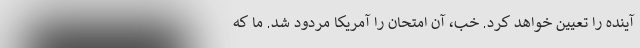
آینده را تعیین خواهد کرد. خب، آن امتحان را آمریکا مردود شد. ما که